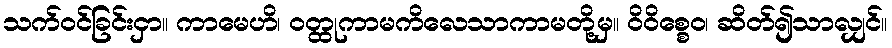
သက်ဝင်ခြင်းငှာ။ ကာမေဟိ၊ ဝတ္ထုကာမကိလေသာကာမတို့မှ။ ဝိဝိစ္စေဝ၊ ဆိတ်၍သာလျှင်။